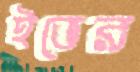
ইভের